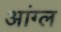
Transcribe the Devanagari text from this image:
आंग्‍ल